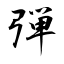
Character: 弾